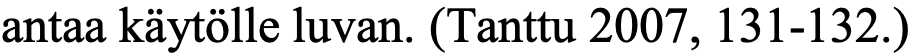
antaa käytölle luvan. (Tanttu 2007, 131-132.)